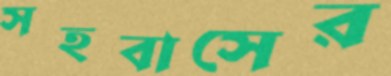
সহবাসের